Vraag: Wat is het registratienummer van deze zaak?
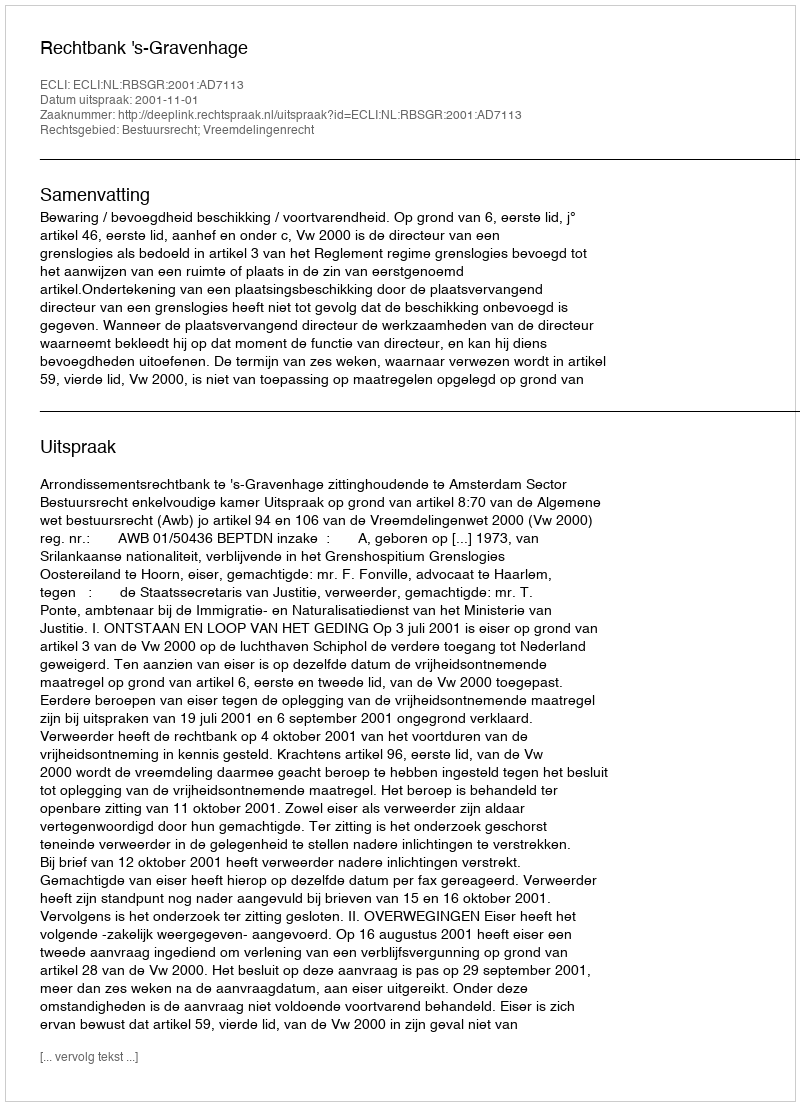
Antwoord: http://deeplink.rechtspraak.nl/uitspraak?id=ECLI:NL:RBSGR:2001:AD7113